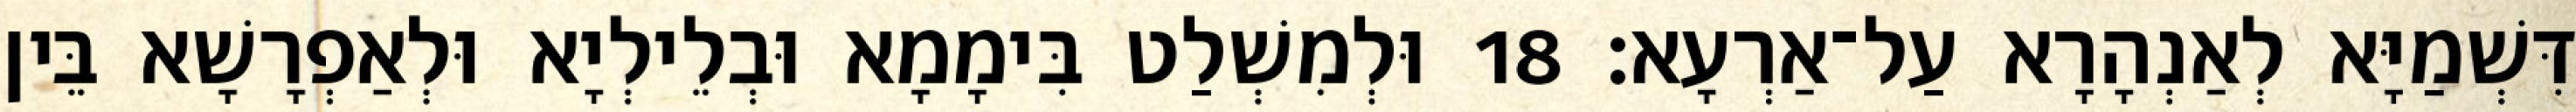
דִּשְׁמַיָּא לְאַנְהָרָא עַל־אַרְעָא׃ 18 וּלְמִשְׁלַט בִּימָמָא וּבְלֵילְיָא וּלְאַפְרָשָׁא בֵּין